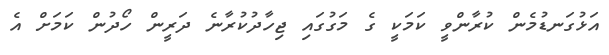
އަޅުގަނޑުމެން ކުރާންވީ ކަމަކީ ގެ މަގުގައި ޖިހާދުކުރާނެ ދަރީން ހޯދުން ކަމަށް އެ